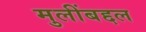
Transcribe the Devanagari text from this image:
मुलींबद्दल